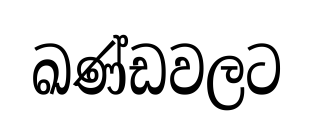
ඛණ්ඩවලට